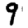
Digit: 9